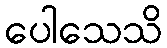
ပေါသေသိ